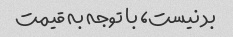
بد نیست، با توجه به قیمت